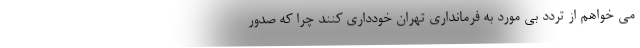
می خواهم از تردد بی مورد به فرمانداری تهران خودداری کنند چرا که صدور